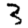
Digit: 3